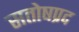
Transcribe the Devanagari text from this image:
सतोषप्रद